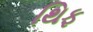
થિફ